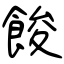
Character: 餕